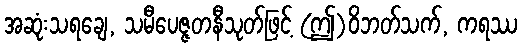
အဆုံးသရချေ, သမီပေဇ္ဇတနီသုတ်ဖြင့် (ဤ)ဝိဘတ်သက်, ကရဿ